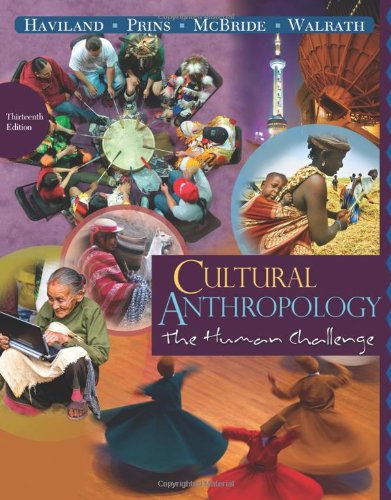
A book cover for Cultural Anthropology: The Human Challenge, 13th Edition; William A. Haviland; Science & Math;